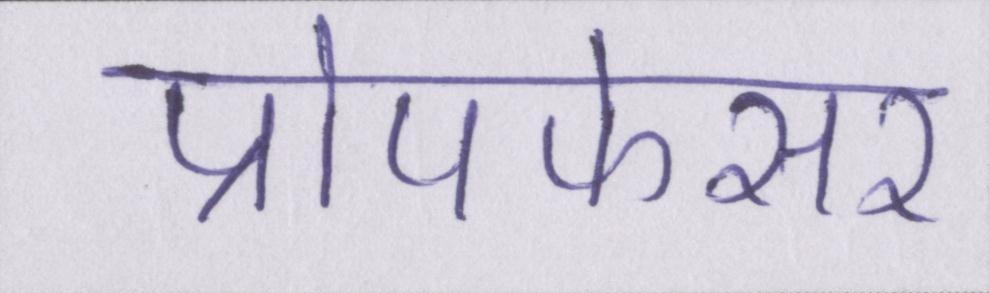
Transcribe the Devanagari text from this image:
प्रोपफेसर